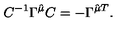
C ^ { - 1 } \Gamma ^ { \hat { \mu } } C = - \Gamma ^ { \hat { \mu } T } .